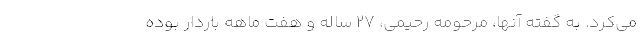
می‌کرد. به گفته آنها، مرحومه رحیمی، 27 ساله و هفت ماهه باردار بوده